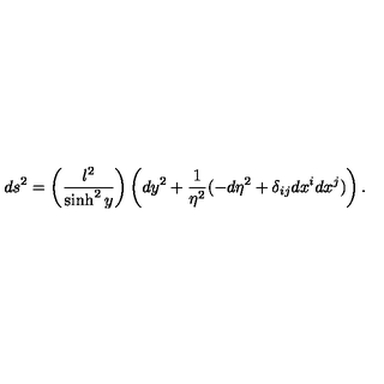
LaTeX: d s ^ { 2 } = \left( \frac { l ^ { 2 } } { \sinh ^ { 2 } y } \right) \left( d y ^ { 2 } + \frac { 1 } { \eta ^ { 2 } } ( - d \eta ^ { 2 } + \delta _ { i j } d x ^ { i } d x ^ { j } ) \right) .